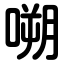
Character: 嗍